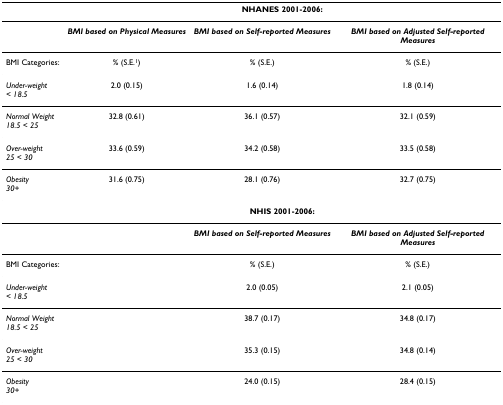
|  | <COLSPAN=3> NHANES 2001-2006: |
 | --- | --- | --- | --- |
 |  | BMI based on Physical Measures | BMI based on Self-reported Measures | BMI based on Adjusted Self-reported Measures |
 | BMI Categories: | % (S.E.1) | % (S.E.) | % (S.E.) |
 | Under-weight< 18.5 | 2.0 (0.15) | 1.6 (0.14) | 1.8 (0.14) |
 | Normal Weight18.5 < 25 | 32.8 (0.61) | 36.1 (0.57) | 32.1 (0.59) |
 | Over-weight25 < 30 | 33.6 (0.59) | 34.2 (0.58) | 33.5 (0.58) |
 | Obesity30+ | 31.6 (0.75) | 28.1 (0.76) | 32.7 (0.75) |
 |  | <COLSPAN=3> NHIS 2001-2006: |
 |  |  | BMI based on Self-reported Measures | BMI based on Adjusted Self-reported Measures |
 | BMI Categories: |  | % (S.E.) | % (S.E.) |
 | Under-weight< 18.5 |  | 2.0 (0.05) | 2.1 (0.05) |
 | Normal Weight18.5 < 25 |  | 38.7 (0.17) | 34.8 (0.17) |
 | Over-weight25 < 30 |  | 35.3 (0.15) | 34.8 (0.14) |
 | Obesity30+ |  | 24.0 (0.15) | 28.4 (0.15) |